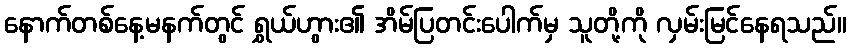
နောက်တစ်နေ့မနက်တွင် ရွှယ်ဟွား၏ အိမ်ပြတင်းပေါက်မှ သူတို့ကို လှမ်းမြင်နေရသည်။